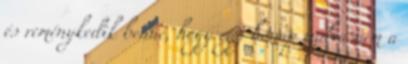
és reménykedik benne, hogy egy hónap múlva nem a